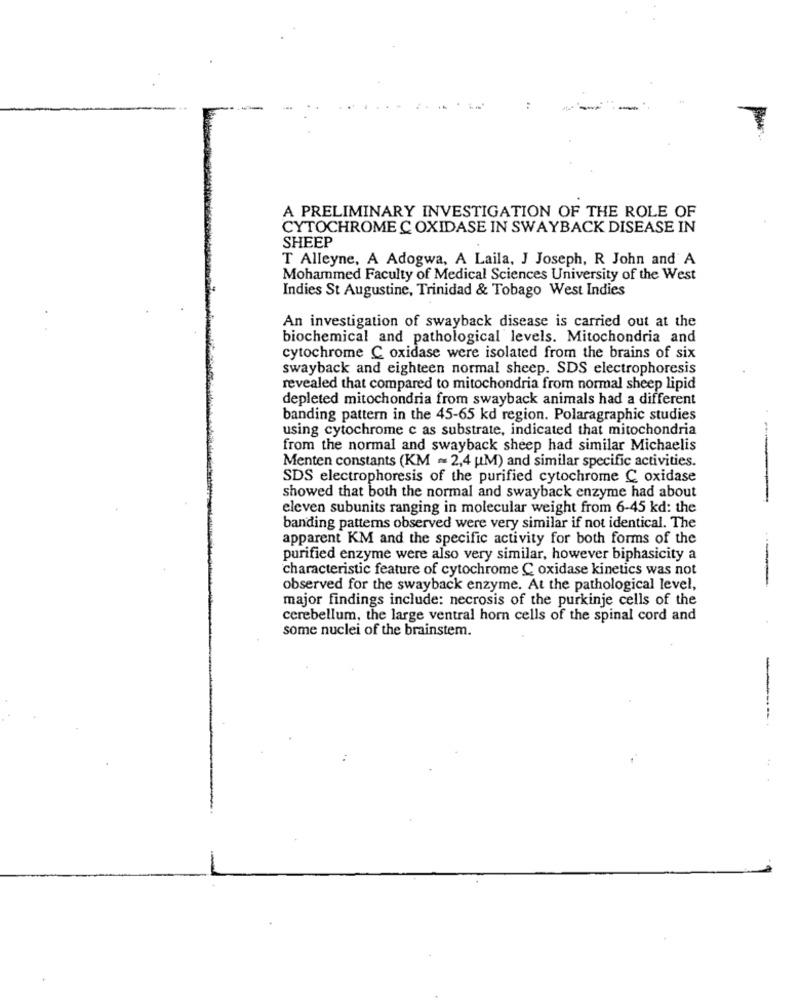
:
A PRELIMINARY INVESTIGATION OF THE ROLE OF
CYTOCHROME C OXIDASE IN SWAYBACK DISEASE IN
SHEEP
T Alleyne, A Adogwa, A Laila, J Joseph, R John and A
Mohammed Faculty of Medical Sciences University of the West
Indies St Augustine, Trinidad & Tobago West Indies
An investigation of swayback disease is carried out at the
biochemical and pathological levels. Mitochondria and
cytochrome C oxidase were isolated from the brains of six
swayback and eighteen normal sheep. SDS electrophoresis
revealed that compared to mitochondria from normal sheep lipid
depleted mitochondria from swayback animals had a different
banding pattern in the 45-65 kd region. Polaragraphic studies
using cytochrome c as substrate, indicated that mitochondria
from the normal and swayback sheep had similar Michaelis
Menten constants (KM - 2,4 M) and similar specific activities.
SDS electrophoresis of the purified cytochrome C oxidase
showed that both the normal and swayback enzyme had about
eleven subunits ranging in molecular weight from 6-45 kd: the
banding patterns observed were very similar if not identical. The
apparent KM and the specific activity for both forms of the
purified enzyme were also very similar, however biphasicity a
characteristic feature of cytochrome C oxidase kinetics was not
observed for the swayback enzyme. At the pathological level,
major findings include: necrosis of the purkinje cells of the
cerebellum, the large ventral horn cells of the spinal cord and
some nuclei of the brainstem.